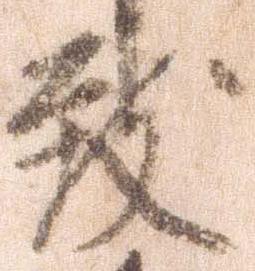
致